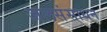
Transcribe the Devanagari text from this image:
जलसंसाधन